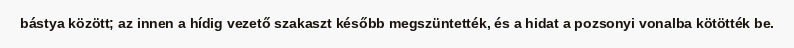
bástya között; az innen a hídig vezető szakaszt később megszüntették, és a hidat a pozsonyi vonalba kötötték be.